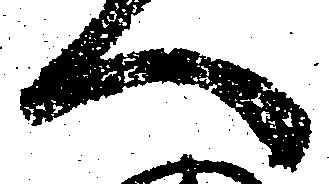
へ